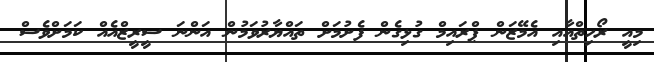
މިއީ ރޯހިތްއާއި އެމޭޒަން ޕްރައިމް ގުޅިގެން ފެށުމަށް ތައްޔާރުވަމުން އަންނަ ސީރީޒްއެއް ކަމަށްވެސް